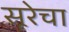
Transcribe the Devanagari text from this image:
सूरेचा